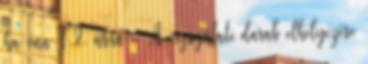
ha van F.2. ábra - A vizsgálati darab elhelyezése